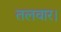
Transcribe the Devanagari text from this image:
तलवार।